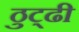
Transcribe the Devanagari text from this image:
ठुट्ढी